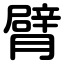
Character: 臂